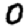
Digit: 0